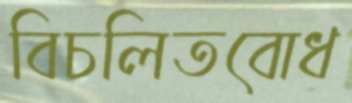
বিচলিতবোধ